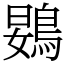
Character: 䳛